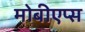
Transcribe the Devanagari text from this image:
मोबीएप्स